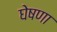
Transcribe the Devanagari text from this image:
घेषणा